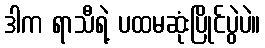
ဒါက ရာသီရဲ့ ပထမဆုံးပြိုင်ပွဲပဲ။